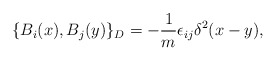
\begin{align*}\{B_i(x),B_j(y)\}_D = -\frac{1}{m} \epsilon_{ij}\delta^2(x-y),\end{align*}